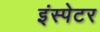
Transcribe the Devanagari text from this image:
इंस्पेटर